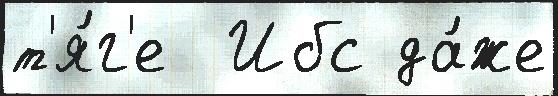
т'я́г'е  Ибс да́же